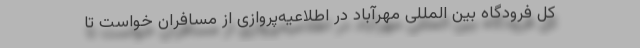
کل فرودگاه بین المللی مهرآباد در اطلاعیه‌پروازی از مسافران خواست تا